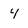
Character: 4